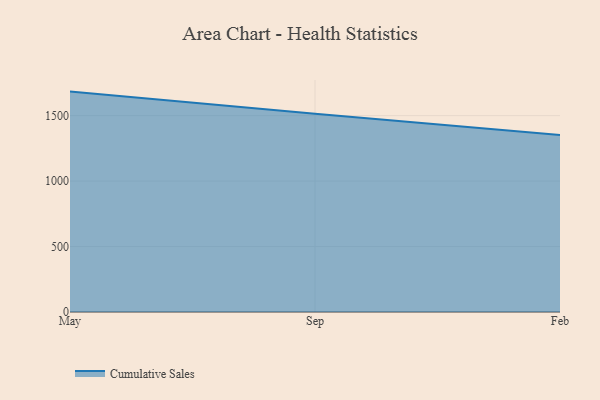
{"axis": {"x": "Month", "y": "Bounce Rate (%)"}, "legend": ["Cumulative Sales"], "data": [{"x": "May", "y": 1683.7, "type": "Cumulative Sales"}, {"x": "Sep", "y": 1514.5, "type": "Cumulative Sales"}, {"x": "Feb", "y": 1352.0, "type": "Cumulative Sales"}]}